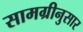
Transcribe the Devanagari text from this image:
सामग्रीनुसार